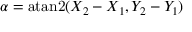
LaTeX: \alpha = \operatorname { a t a n 2 } ( X _ { 2 } - X _ { 1 } , Y _ { 2 } - Y _ { 1 } )